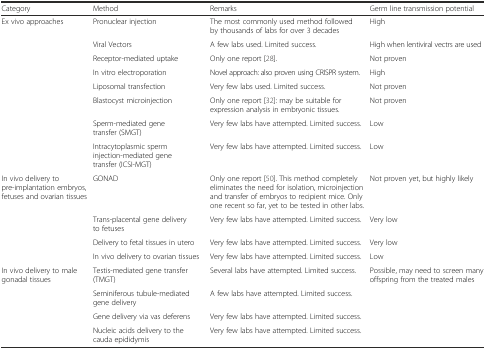
<table><thead><tr><td><b>Category</b></td><td><b>Method</b></td><td><b>Remarks</b></td><td><b>Germ line transmission potential</b></td></tr></thead><tbody><tr><td rowspan="8">Ex vivo approaches</td><td>Pronuclear injection</td><td>The most commonly used method followed by thousands of labs for over 3 decades</td><td>High</td></tr><tr><td>Viral Vectors</td><td>A few labs used. Limited success.</td><td>High when lentiviral vectrs are used</td></tr><tr><td>Receptor-mediated uptake</td><td>Only one report [28].</td><td>Not proven</td></tr><tr><td>In vitro electroporation</td><td>Novel approach: also proven using CRISPR system.</td><td>High</td></tr><tr><td>Liposomal transfection</td><td>Very few labs used. Limited success.</td><td>Not proven</td></tr><tr><td>Blastocyst microinjection</td><td>Only one report [32]: may be suitable for expression analysis in embryonic tissues.</td><td>Not proven</td></tr><tr><td>Sperm-mediated gene transfer (SMGT)</td><td>Very few labs have attempted. Limited success.</td><td>Low</td></tr><tr><td>Intracytoplasmic sperm injection-mediated gene transfer (ICSI-MGT)</td><td>Very few labs have attempted. Limited success.</td><td>Low</td></tr><tr><td rowspan="4">In vivo delivery to pre-implantation embryos, fetuses and ovarian tissues</td><td>GONAD</td><td>Only one report [50]. This method completely eliminates the need for isolation, microinjection and transfer of embryos to recipient mice. Only one recent so far, yet to be tested in other labs.</td><td>Not proven yet, but highly likely</td></tr><tr><td>Trans-placental gene delivery to fetuses</td><td>Very few labs have attempted. Limited success.</td><td>Very low</td></tr><tr><td>Delivery to fetal tissues in utero</td><td>Very few labs have attempted. Limited success.</td><td>Very low</td></tr><tr><td>In vivo delivery to ovarian tissues</td><td>Very few labs have attempted. Limited success.</td><td>Low</td></tr><tr><td rowspan="4">In vivo delivery to male gonadal tissues</td><td>Testis-mediated gene transfer (TMGT)</td><td>Several labs have attempted. Limited success.</td><td rowspan="4">Possible, may need to screen many offspring from the treated males</td></tr><tr><td>Seminiferous tubule-mediated gene delivery</td><td>A few labs have attempted. Limited success.</td></tr><tr><td>Gene delivery via vas deferens</td><td>Very few labs have attempted. Limited success.</td></tr><tr><td>Nucleic acids delivery to the cauda epididymis</td><td>Very few labs have attempted. Limited success.</td></tr></tbody></table>